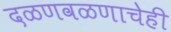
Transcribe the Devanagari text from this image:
दळणवळणाचेही